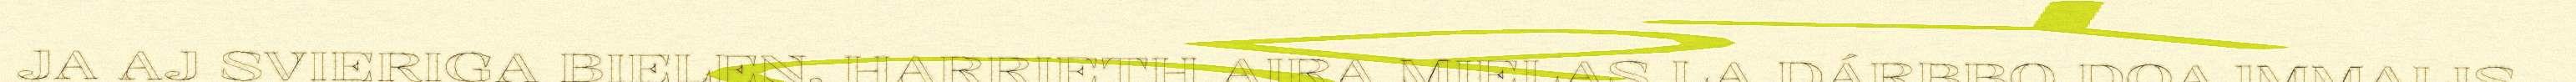
JA AJ SVIERIGA BIELEN. HARRIETH AIRA MIELAS LA DÁRBBO DOAJMMALIS